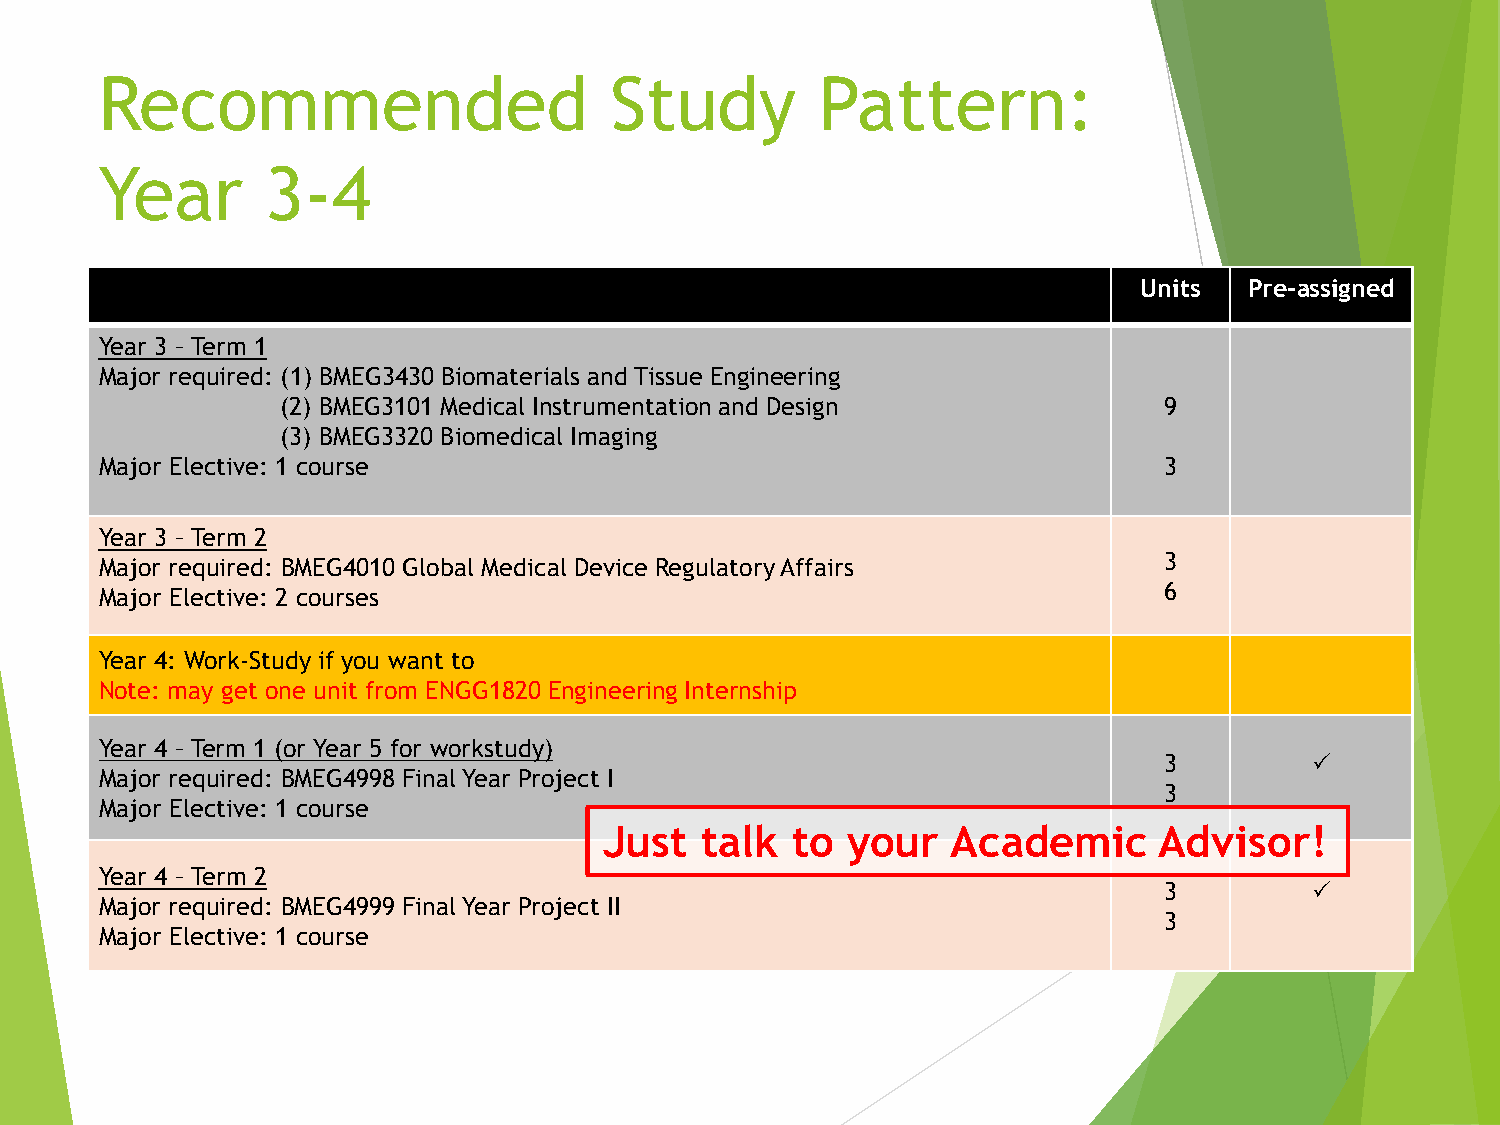
Recommended                      Study         Pattern:
 Year       3-4
 Units   Pre-assigned
 Year 3 – Term 1
 Major required: (1) BMEG3430 Biomaterials and Tissue Engineering
 (2) BMEG3101 Medical Instrumentation and Design           9
 (3) BMEG3320 Biomedical Imaging
 Major Elective: 1 course                                              3
 Year 3 – Term 2
 3
 Major required: BMEG4010 Global Medical Device Regulatory Affairs
 6
 Major Elective: 2 courses
 Year 4: Work-Study if you want to
 Note: may get one unit from ENGG1820 Engineering Internship
 Year 4 – Term 1 (or Year 5 for workstudy)
 3         
 Major required: BMEG4998 Final Year Project I
 3
 Major Elective: 1 course
 Just  talk  to  your   Academic      Advisor!
 Year 4 – Term 2
 3         
 Major required: BMEG4999 Final Year Project II
 3
 Major Elective: 1 course